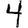
Digit: 4